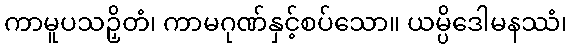
ကာမူပသဉှိတံ၊ ကာမဂုဏ်နှင့်စပ်သော။ ယမ္ပိဒေါမနဿံ၊